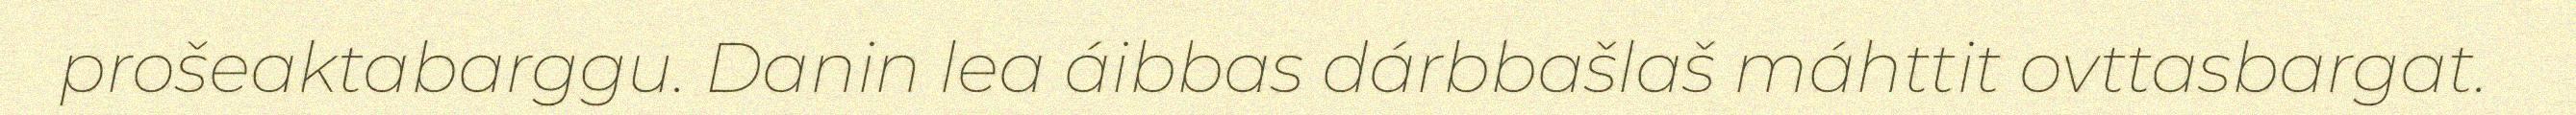
prošeaktabarggu. Danin lea áibbas dárbbašlaš máhttit ovttasbargat.